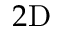
2 \mathrm { D }